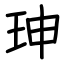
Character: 珅